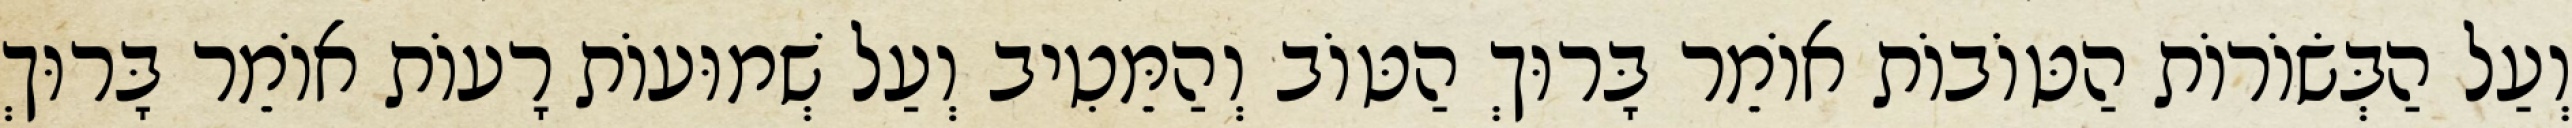
וְעַל הַבְּשׂוֹרוֹת הַטּוֹבוֹת אוֹמֵר בָּרוּךְ הַטּוֹב וְהַמֵּטִיב וְעַל שְׁמוּעוֹת רָעוֹת אוֹמֵר בָּרוּךְ